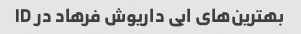
بهترین‌های ابی داریوش فرهاد در ID